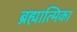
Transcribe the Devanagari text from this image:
ब्रह्मात्मिका